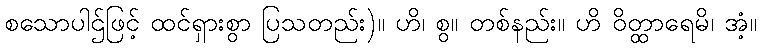
စသောပါဌ်ဖြင့် ထင်ရှားစွာ ပြသတည်း)။ ဟိ၊ စွ။ တစ်နည်း။ ဟိ ဝိတ္ထာရေမိ၊ အံ့။